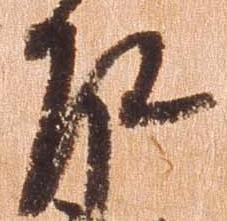
左